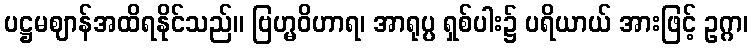
ပဋ္ဌမဈာန်အထိရနိုင်သည်။ ဗြဟ္မဝိဟာရ၊ အာရုပ္ပ ရှစ်ပါး၌ ပရိယာယ် အားဖြင့် ဥဂ္ဂာ၊